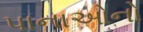
પાનાઓનો